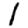
Digit: 1